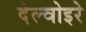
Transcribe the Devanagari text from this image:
देल्वोइरे